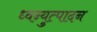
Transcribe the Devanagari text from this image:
ध्वन्युत्पादन